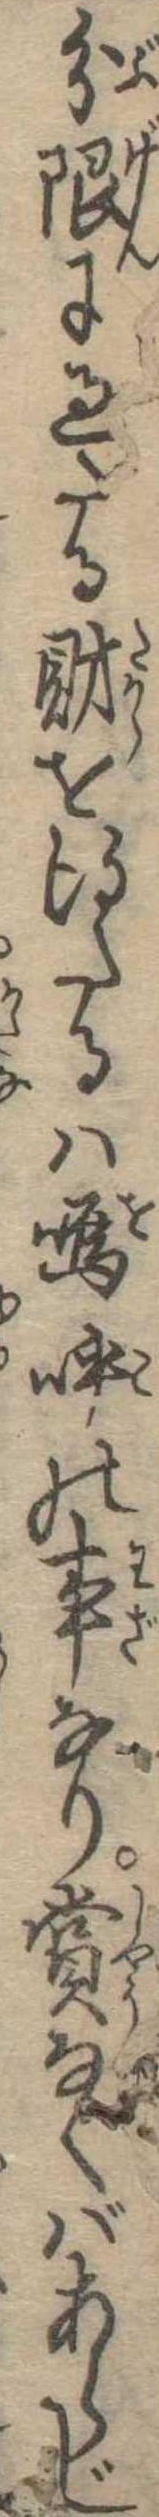
分限に過たる財を得たるは嗚呼の事なり賞なくばあらじ